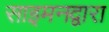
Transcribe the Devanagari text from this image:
साइमनद्वारा